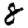
Digit: 8